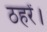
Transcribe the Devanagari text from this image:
ठहरें।